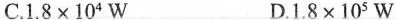
C.$$ 1.8\times10^{4}W $$ D.$$ 1.8\times10^{5}W $$